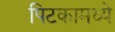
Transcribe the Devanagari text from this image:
पिटकामध्ये